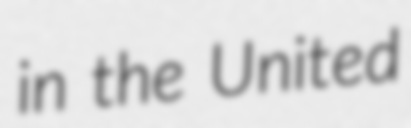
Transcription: in the United